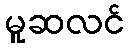
မူဆလင်